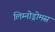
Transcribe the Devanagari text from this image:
लिम्नोड्रोमस